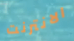
الانترنت